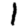
Digit: 1